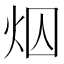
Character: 𪸜